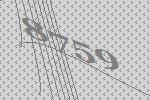
8759